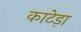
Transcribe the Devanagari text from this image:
काटेड़ा